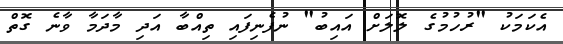
އެކަމަކު "ރުހުމުގެ ލޮލަށް އައިބު" ނުފެނިފައި ތިއްބާ އަދި މާދަމާ ވާނެ ގޮތް